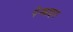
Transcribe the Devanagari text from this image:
पेन्काइमा